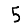
Digit: 5